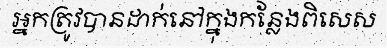
អ្នកត្រូវបានដាក់នៅក្នុងកន្លែងពិសេស